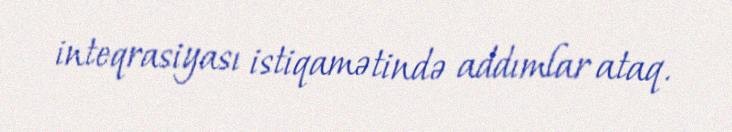
inteqrasiyası istiqamətində addımlar ataq.